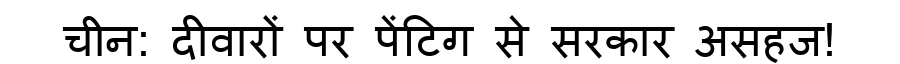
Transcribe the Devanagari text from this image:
चीन: दीवारों पर पेंटिग से सरकार असहज!